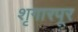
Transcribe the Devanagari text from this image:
शृगारपूर